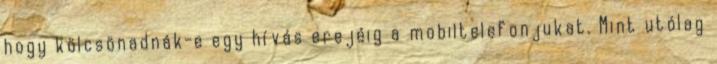
hogy kölcsönadnák-e egy hívás erejéig a mobiltelefonjukat. Mint utólag